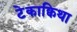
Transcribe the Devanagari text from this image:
टेकाक्विथा